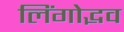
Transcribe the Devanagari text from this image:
लिंगोद्भव